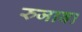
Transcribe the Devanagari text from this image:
रुजावा